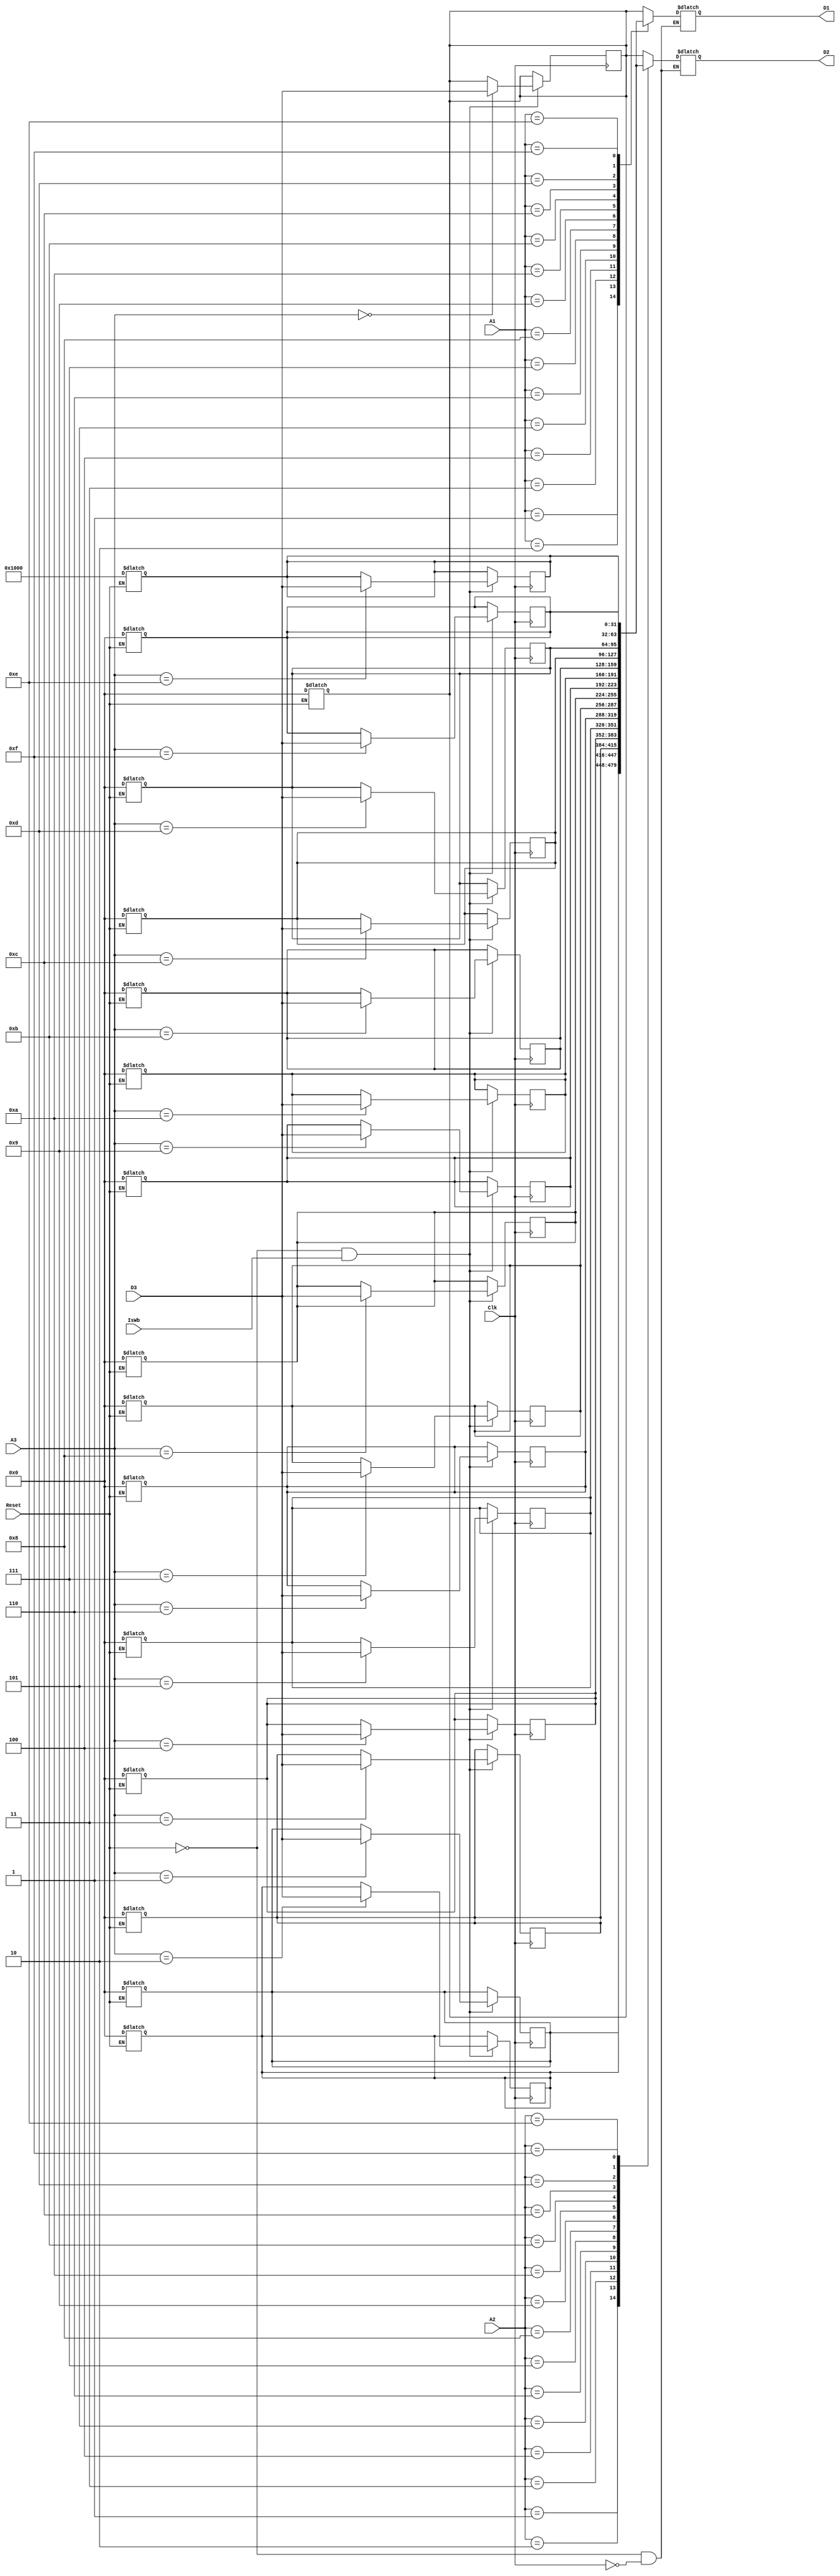
module Register_File( input [3:0] A1,
                      input [3:0] A2,
                      input [3:0] A3,
                      input [31:0] D3,
                      input Reset,
                      input Clk,
                      input IsWb,
                      output [31:0] D1,
                      output [31:0] D2
                     );

wire [3:0] A1,A2,A3;
wire [31:0] D3;
wire Reset,Clk;
reg [31:0] D1,D2;
reg [31:0] R [15:0];
reg [15:0]ind;
wire IsWb;
//--------------------------------------
always @(Reset)
                   begin
if (Reset==1)
                   begin
                   for (ind=0;ind<16;ind=ind+1)
                   begin
                   if (ind!=14)
                   R[ind]  = 32'b0;
                   else 
                   R[ind]  = 32'h1000;
                   end
                   end
                   end
                   
                     always @(Clk or A1 or A2)
                     begin
                     if (Reset!=1 && Clk==0)                      // Getting operands from Register file
                     begin                     
                     D1 = R[A1];
                     D2 = R[A2];
                     end
                     end

                     always @(posedge Clk)
                     begin                                       // Storing Result in the Register file
                     if (Reset!=1 && IsWb==1)
                     R[A3] <= D3;
                     end

endmodule